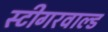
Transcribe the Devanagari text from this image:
स्टीगरवाल्ड